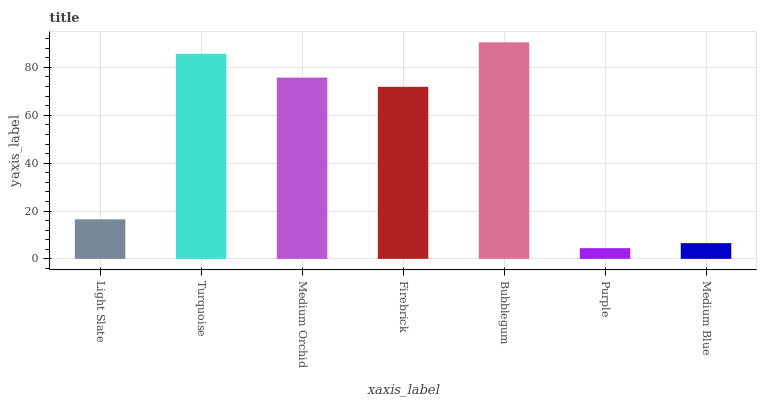
| xaxis_label | bars |
 | --- | --- |
 | Light Slate | 16.5 |
 | Turquoise | 85.7 |
 | Medium Orchid | 75.7 |
 | Firebrick | 71.9 |
 | Bubblegum | 90.5 |
 | Purple | 4.48 |
 | Medium Blue | 6.58 |